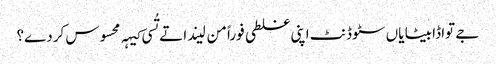
‏ جے تواڈا بیٹا یاں سٹوڈنٹ اپنی غلطی فوراً من لیندا تے تُسی کیہہ محسوس کردے؟